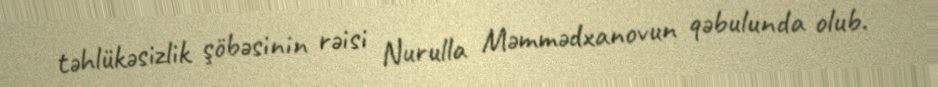
təhlükəsizlik şöbəsinin rəisi Nurulla Məmmədxanovun qəbulunda olub.